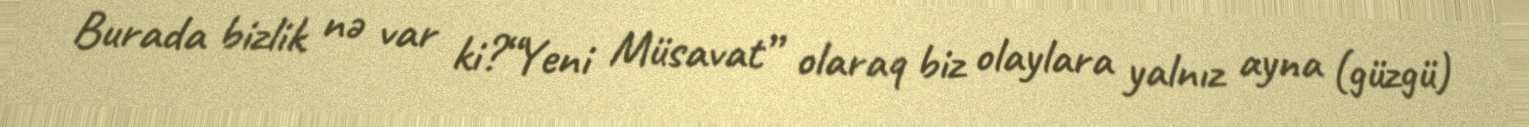
Burada bizlik nə var ki?“Yeni Müsavat” olaraq biz olaylara yalnız ayna (güzgü)